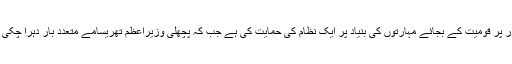
بی بی سی نے اپنے تبصرے میں کہا ہے کہ برطانوی کابینہ نے متفقہ طور پر قومیت کے بجائے مہارتوں کی بنیاد پر ایک نظام کی حمایت کی ہے جب کہ پچھلی وزیراعظم تھریسامے متعدد بار دہرا چکی ہیں کہ ’’بریگزٹ کے بعد یورپ سے لامحدود امیگریشن ختم ہوجائے گی!